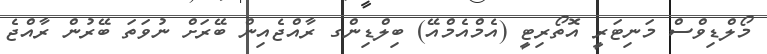
މޯލްޑިވްސް މަނިޓަރީ އޮތޯރިޓީ (އެމްއެމްއޭ) ބިލްޑިންގ ރާއްޖެއިން ބޭރަށް ނުވަތަ ބޭރުން ރާއްޖެ